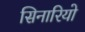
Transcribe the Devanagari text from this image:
सिनारियो